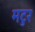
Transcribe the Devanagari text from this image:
मटुर